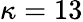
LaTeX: \kappa=13